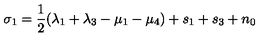
\sigma _ { 1 } = \frac { 1 } { 2 } ( \lambda _ { 1 } + \lambda _ { 3 } - \mu _ { 1 } - \mu _ { 4 } ) + s _ { 1 } + s _ { 3 } + n _ { 0 }